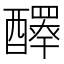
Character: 𨣠